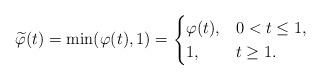
LaTeX: \begin{align*} \widetilde{\varphi}(t) = \min (\varphi(t),1) = \begin{cases} \varphi(t), & 0<t\leq 1, \\ 1, & t\geq 1.\end{cases}\end{align*}